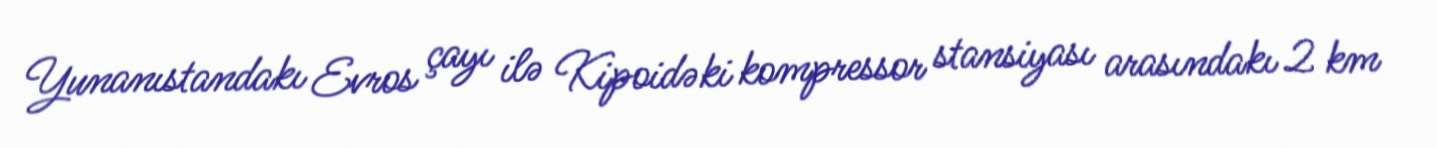
Yunanıstandakı Evros çayı ilə Kipoidəki kompressor stansiyası arasındakı 2 km